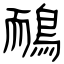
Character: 鴯